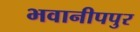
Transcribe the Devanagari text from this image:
भवानीपपुर